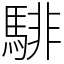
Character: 騑